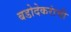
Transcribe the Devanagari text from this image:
बडोदेकरांची